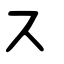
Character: ス